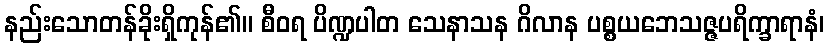
နည်းသောတန်ခိုးရှိကုန်၏။ စီဝရ ပိဏ္ဍပါတ သေနာသန ဂိလာန ပစ္စယဘေသဇ္ဇပရိက္ခာရာနံ၊